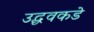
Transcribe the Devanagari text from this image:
उद्धवकडे